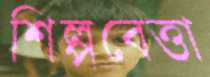
শিল্পবেত্তা